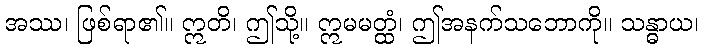
အဿ၊ ဖြစ်ရာ၏။ ဣတိ၊ ဤသို့။ ဣမမတ္ထံ၊ ဤအနက်သဘောကို။ သန္ဓာယ၊